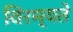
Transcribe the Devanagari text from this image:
विरम्यते